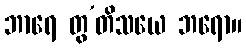
ဘာရေ တွ’တိသယေ ဘရော။